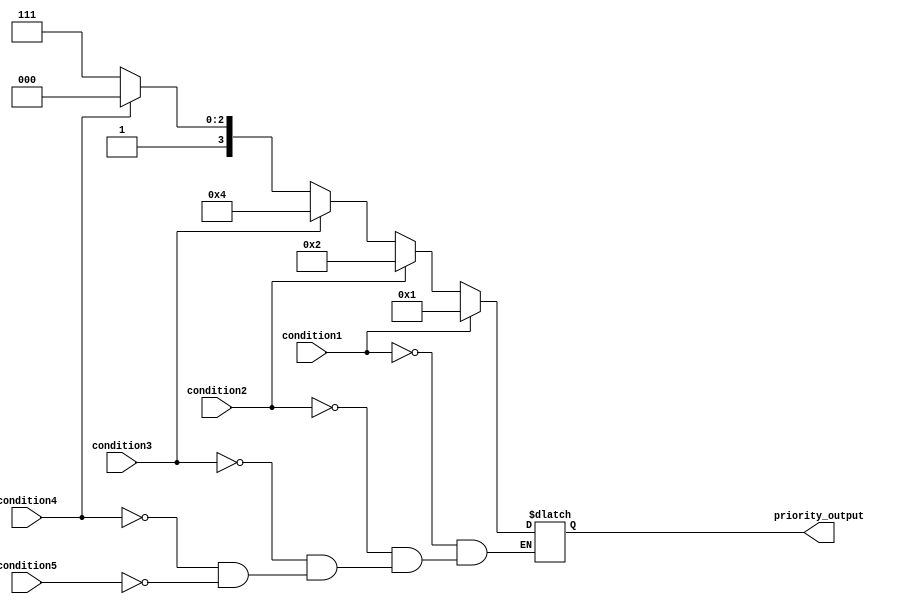
module priority_case_statement (
    input condition1,
    input condition2,
    input condition3,
    input condition4,
    input condition5,
    output reg [3:0] priority_output
);

always @* begin
    case (1'b1)
        condition1: priority_output <= 4'b0001;
        condition2: priority_output <= 4'b0010;
        condition3: priority_output <= 4'b0100;
        condition4: priority_output <= 4'b1000;
        condition5: priority_output <= 4'b1111;
    endcase
end

endmodule